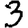
Digit: 3